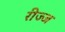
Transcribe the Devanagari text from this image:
रीज्ज